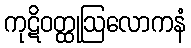
ကုဋိဝတ္ထုဩလောကနံ